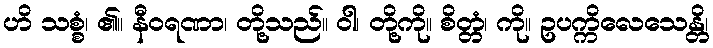
ဟိ သစ္စံ၊ ၏။ နီဝရဏာ၊ တို့သည်။ ဝါ၊ တို့ကို။ စိတ္တံ၊ ကို။ ဥပက္ကိလေသေန္တိ၊